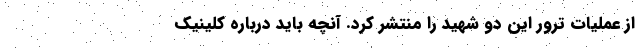
از عملیات ترور این دو شهید را منتشر کرد. آنچه باید درباره کلینیک